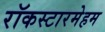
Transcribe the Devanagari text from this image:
रॉकस्टारमेहम